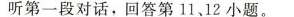
听第一段对话，回答第11、12小题。